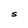
Character: S